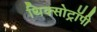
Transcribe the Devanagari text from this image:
थिक्सोट्रॉपी